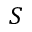
S